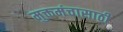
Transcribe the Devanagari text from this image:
मुक्तमंचासाठी